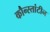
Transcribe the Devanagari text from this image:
कौन्स्तांटीन